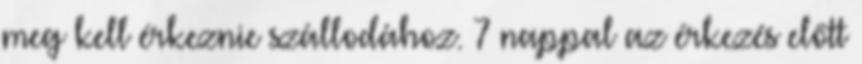
meg kell érkeznie szállodához. 7 nappal az érkezés előtt